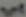
ان